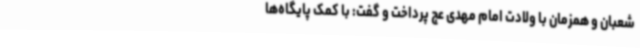
شعبان و همزمان با ولادت امام مهدی عج پرداخت و گفت: با کمک پایگاه‌ها